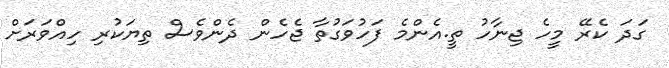
ގަދަ ކެރޭ މީހެ ޖިނާހު ތީ.އެންމެ ފަހުވަގުތާ ޖެހެން ދެންވެސް ތިޔަކުރި ހިއްވަރަށް